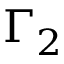
\Gamma _ { 2 }